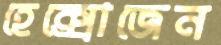
হেক্সোজেন